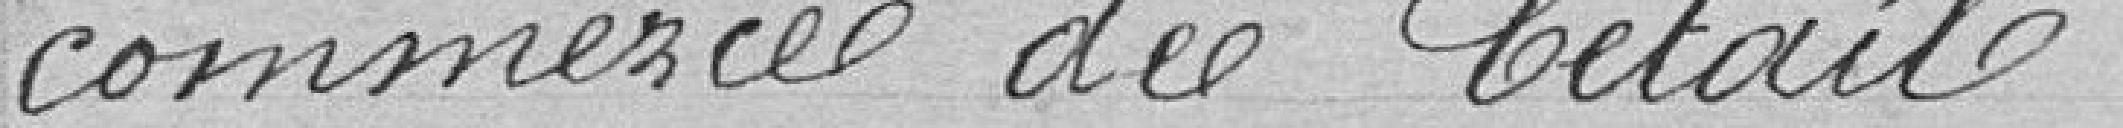
commerce de détail.